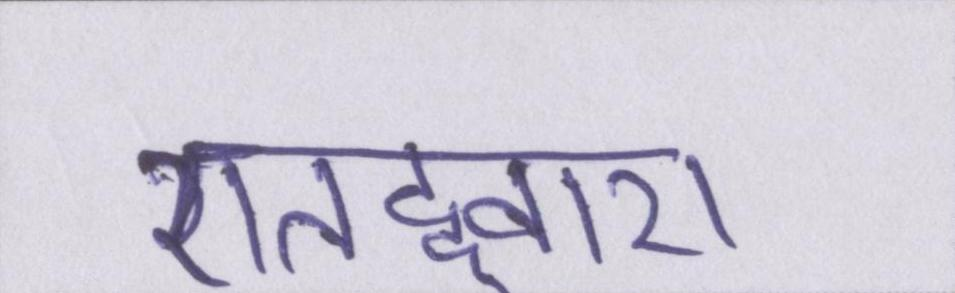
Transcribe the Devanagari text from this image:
एतद्द्वारा